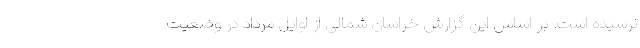
نرسیده است. بر اساس این گزارش خراسان شمالی از اوایل مرداد در وضعیت